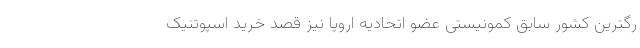
رگترین کشور سابق کمونیستی عضو اتحادیه اروپا نیز قصد خرید اسپوتنیک